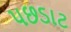
પછડાટ